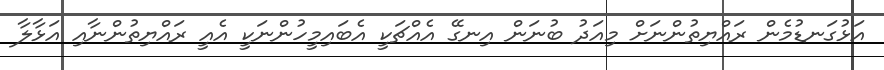
އަޅުގަނޑުމެން ރައްޔިތުންނަށް މިއަދު ބުނަން އިނގޭ އެއްޗަކީ އެބައިމީހުންނަކީ އެއީ ރައްޔިތުންނާއި އަޅާލާ